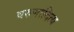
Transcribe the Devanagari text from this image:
वरुणादित्य